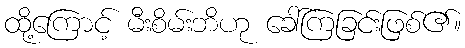
ထို့ကြောင့် မီးစိမ်းဘိဟု ခေါ်ကြခြင်းဖြစ်၏။